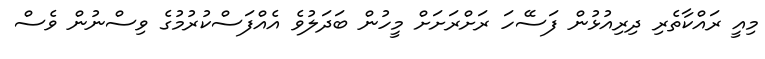
މިއީ ރައްކާތެރި ދިރިއުޅުން ފަސޭހަ ރަށްރަށަށް މީހުން ބަދަލުވެ އެއްފަސްކުރުމުގެ ވިސްނުން ވެސް